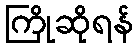
ကြိုဆိုရန်